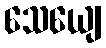
သေယျေ